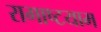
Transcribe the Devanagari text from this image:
रागाष्टयाम